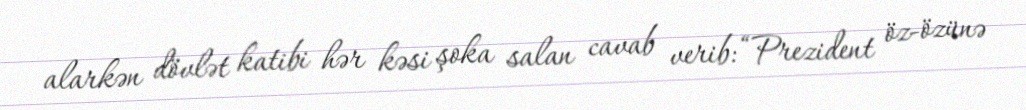
alarkən dövlət katibi hər kəsi şoka salan cavab verib: “Prezident öz-özünə